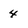
Character: 4